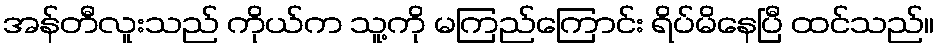
အန်တီလူးသည် ကိုယ်က သူ့ကို မကြည်ကြောင်း ရိပ်မိနေပြီ ထင်သည်။